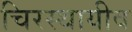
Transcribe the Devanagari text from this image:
चिरस्थायीव